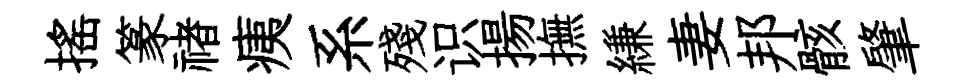
搖篆禇痍系殘识揚撫縑妻邦骸肇